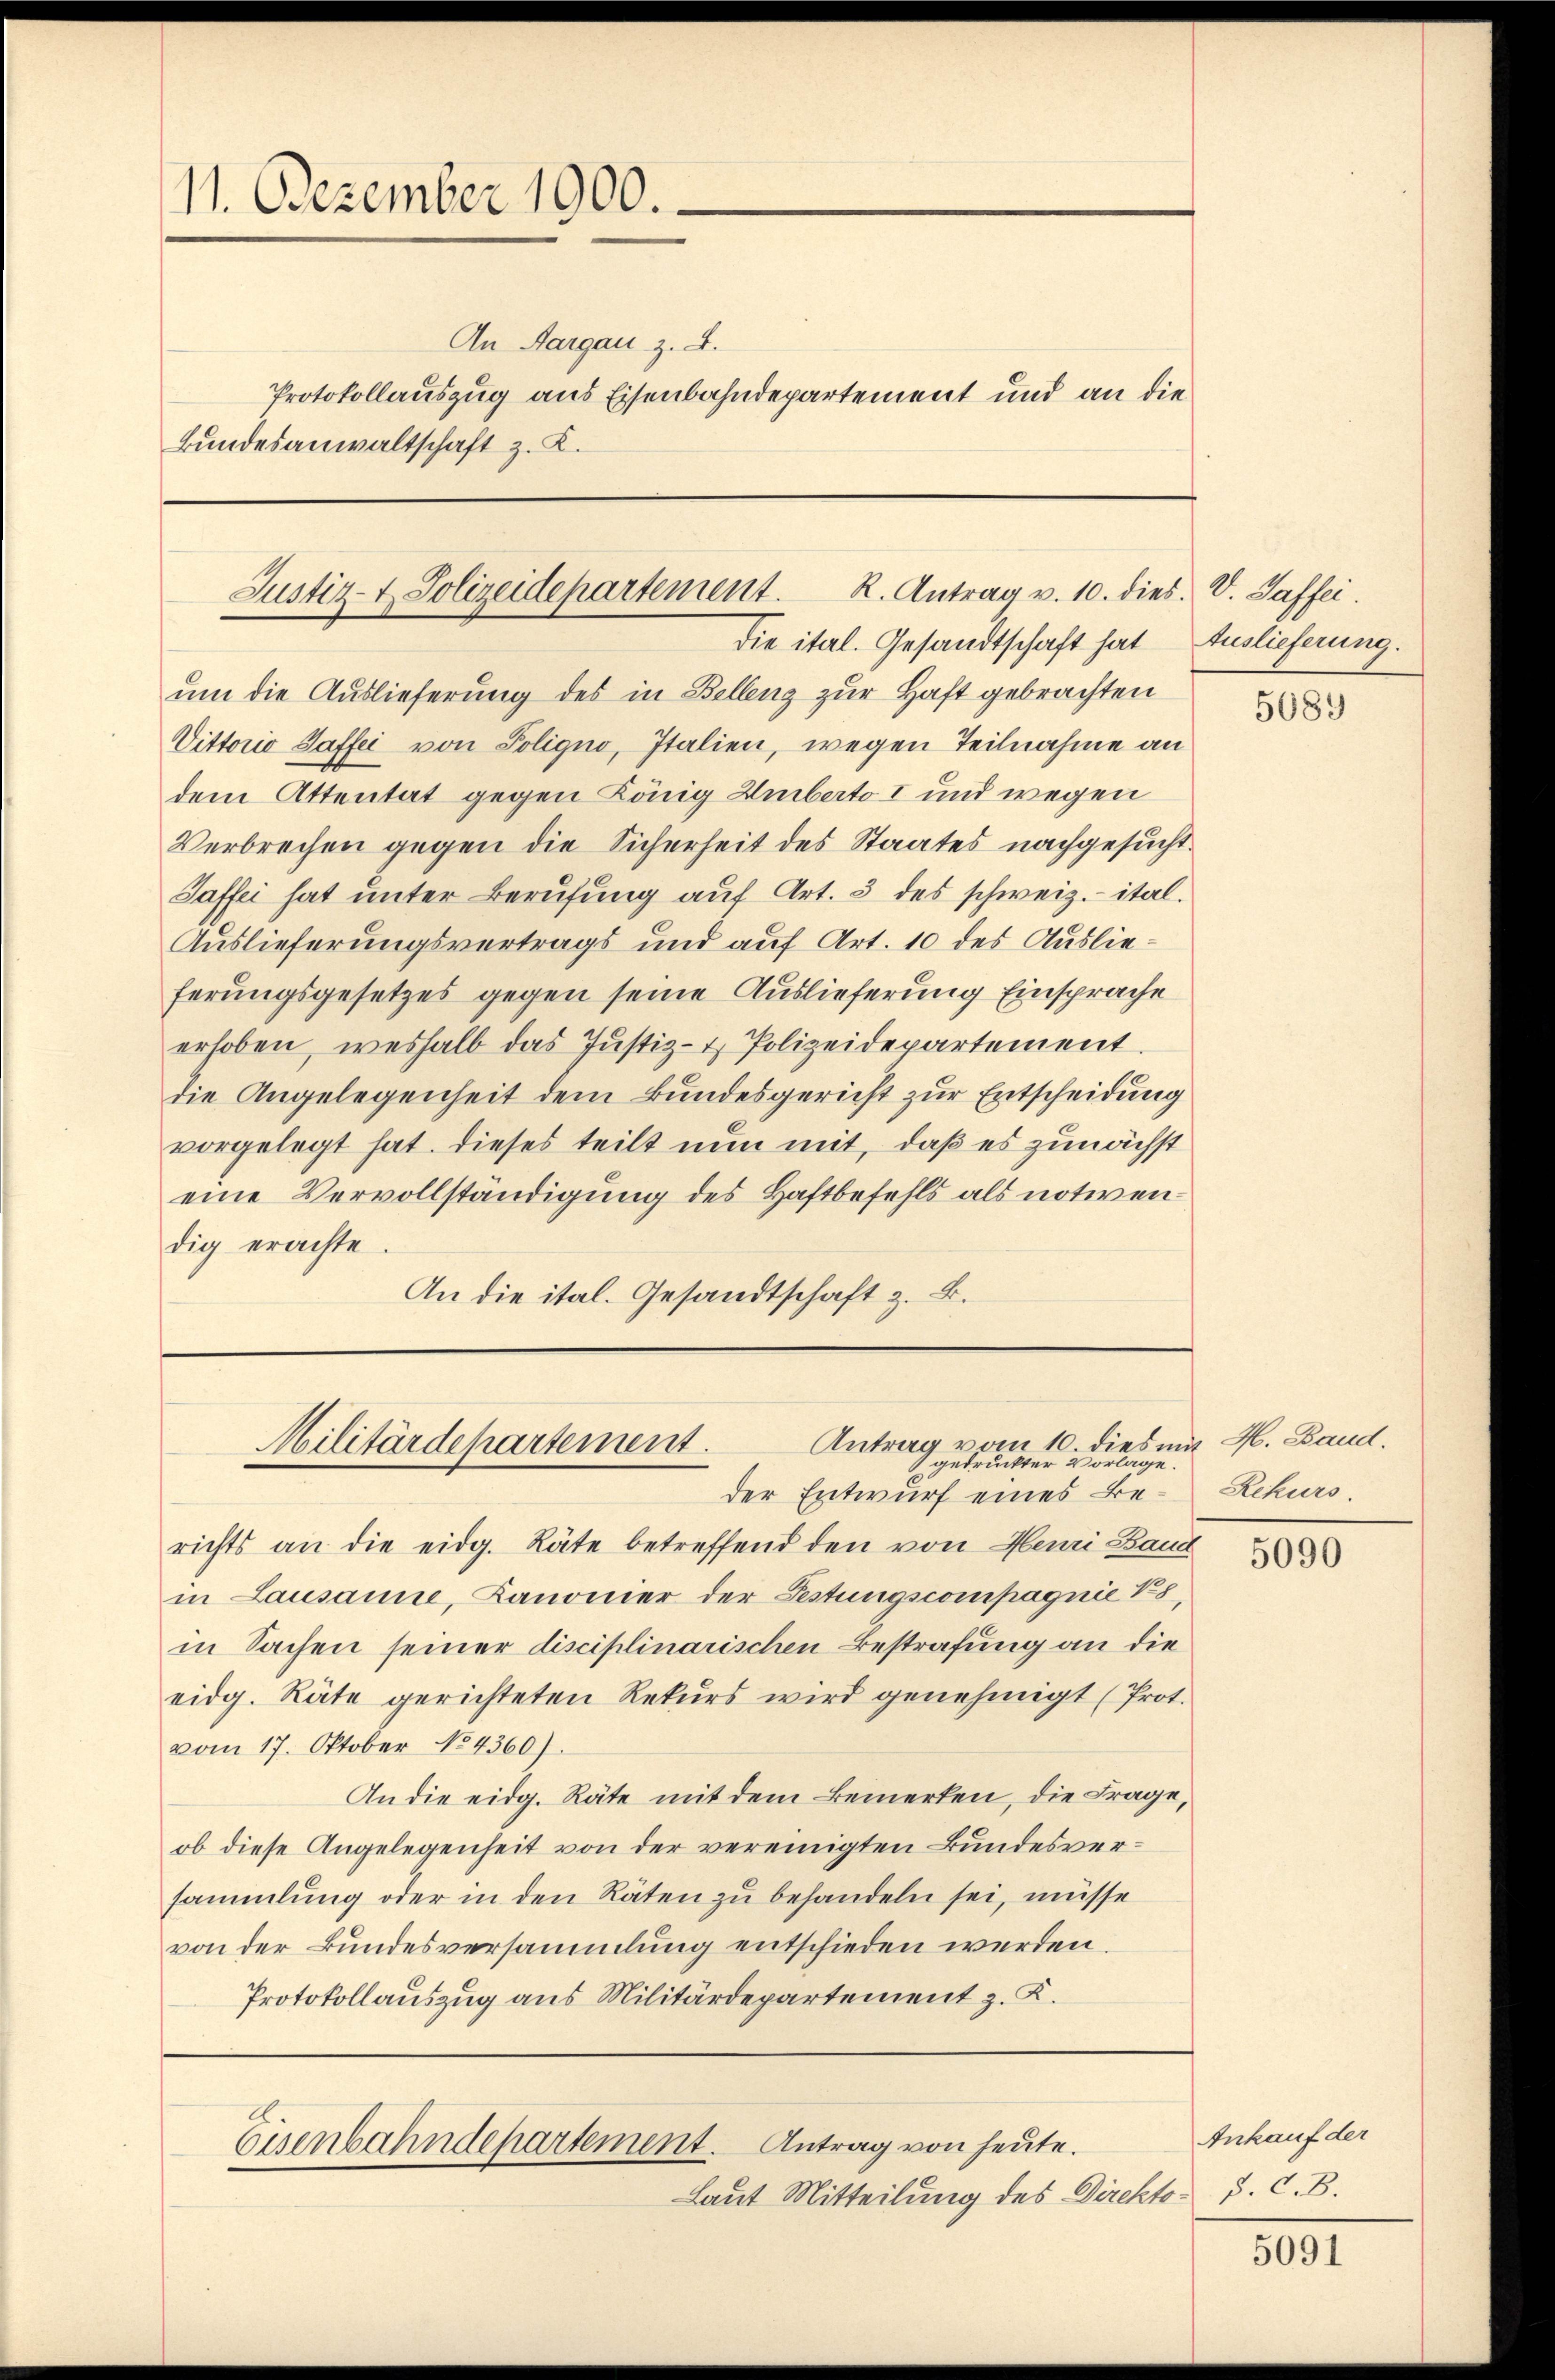
11. Dezember 1900.

Bundesanwaltschaft z. K.

An Aargau z. B.
Protokollauszug aus Eisenbahndepartement und an die

um die Auslieferung des in Bellenz zur Haft gebrachten
Vittorio Saffei von Poligno, Italien, wegen Teilnahme an
dem Attentat gegen König Umberto I und wegen
Verbrechen gegen die Sicherheit des Staates nachgesucht.
Saffei hat unter Berufung auf Art. 3 des schweiz.- ital.
Auslieferungsvertrags und auf Art. 10 des Auslieferungsgesetzes gegen seine Auslieferung Einsprache
erhoben, weshalb das Justiz- & Polizeidepartement.
die Angelegenheit dem Bundesgericht zur Entscheidung
vorgelegt hat. Dieses teilt nun mit, daß es zunächst
eine Vervollständigung des Haftbefehls als notwendig erachte.
An die ital. Gesandtschaft z. B.

Justiz- & Polizeidepartement. R. Antrag v. 10. dies. V. Saffei.
die ital. Gesandtschaft hat Auslieferung.

Antrag vom 10. dies mit H. Land.
Militärdepartement.
gedruckter Vorlage.

Eisenbahndepartement. Antrag von heute.

Laut Mitteilung des Direktor J. C. B.

der Entwurf eines Berichts an die eidg. Räte betreffend den von Henri Band
in Lausanne, Kanonier der Festungscompagnie 18,
in Sachen seiner disciplinarischen Bestrafung an die
eidg. Räte gerichteten Rekŭrs wird genehmigt (Prot.
vom 17. Oktober No 4360).
An die eidg. Räte mit dem Bemerken, die Frage,
ob diese Angelegenheit von der vereinigten Bundesversammlung oder in den Räten zu behandeln sei, müsse
von der Bundesversammlung entschieden werden.
Protokollauszug aus Militärdepartement z. K.

5689

Rekurs.

5090

Ankauf der

5091